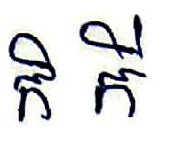
កិ កី